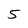
Character: 5